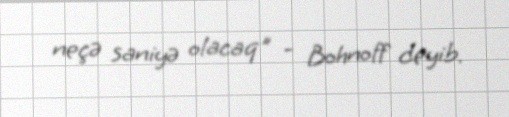
neçə saniyə olacaq" - Bohnoff deyib.